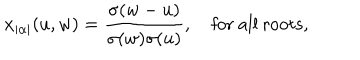
x _ { | \alpha | } ( u , w ) = { \frac { \sigma ( w - u ) } { \sigma ( w ) \sigma ( u ) } } , \quad \mathrm { f o r ~ a l l ~ r o o t s } ,